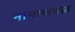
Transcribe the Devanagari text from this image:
मामाजवळ